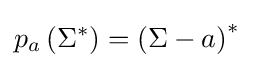
p_{a}\left(\Sigma ^{*}\right)=\left(\Sigma -a\right)^{*}